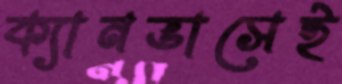
ক্যানভাসেই